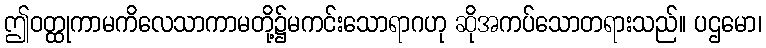
ဤဝတ္ထုကာမကိလေသာကာမတို့၌မကင်းသောရာဂဟု ဆိုအကပ်သောတရားသည်။ ပဌမော၊